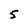
Character: 5